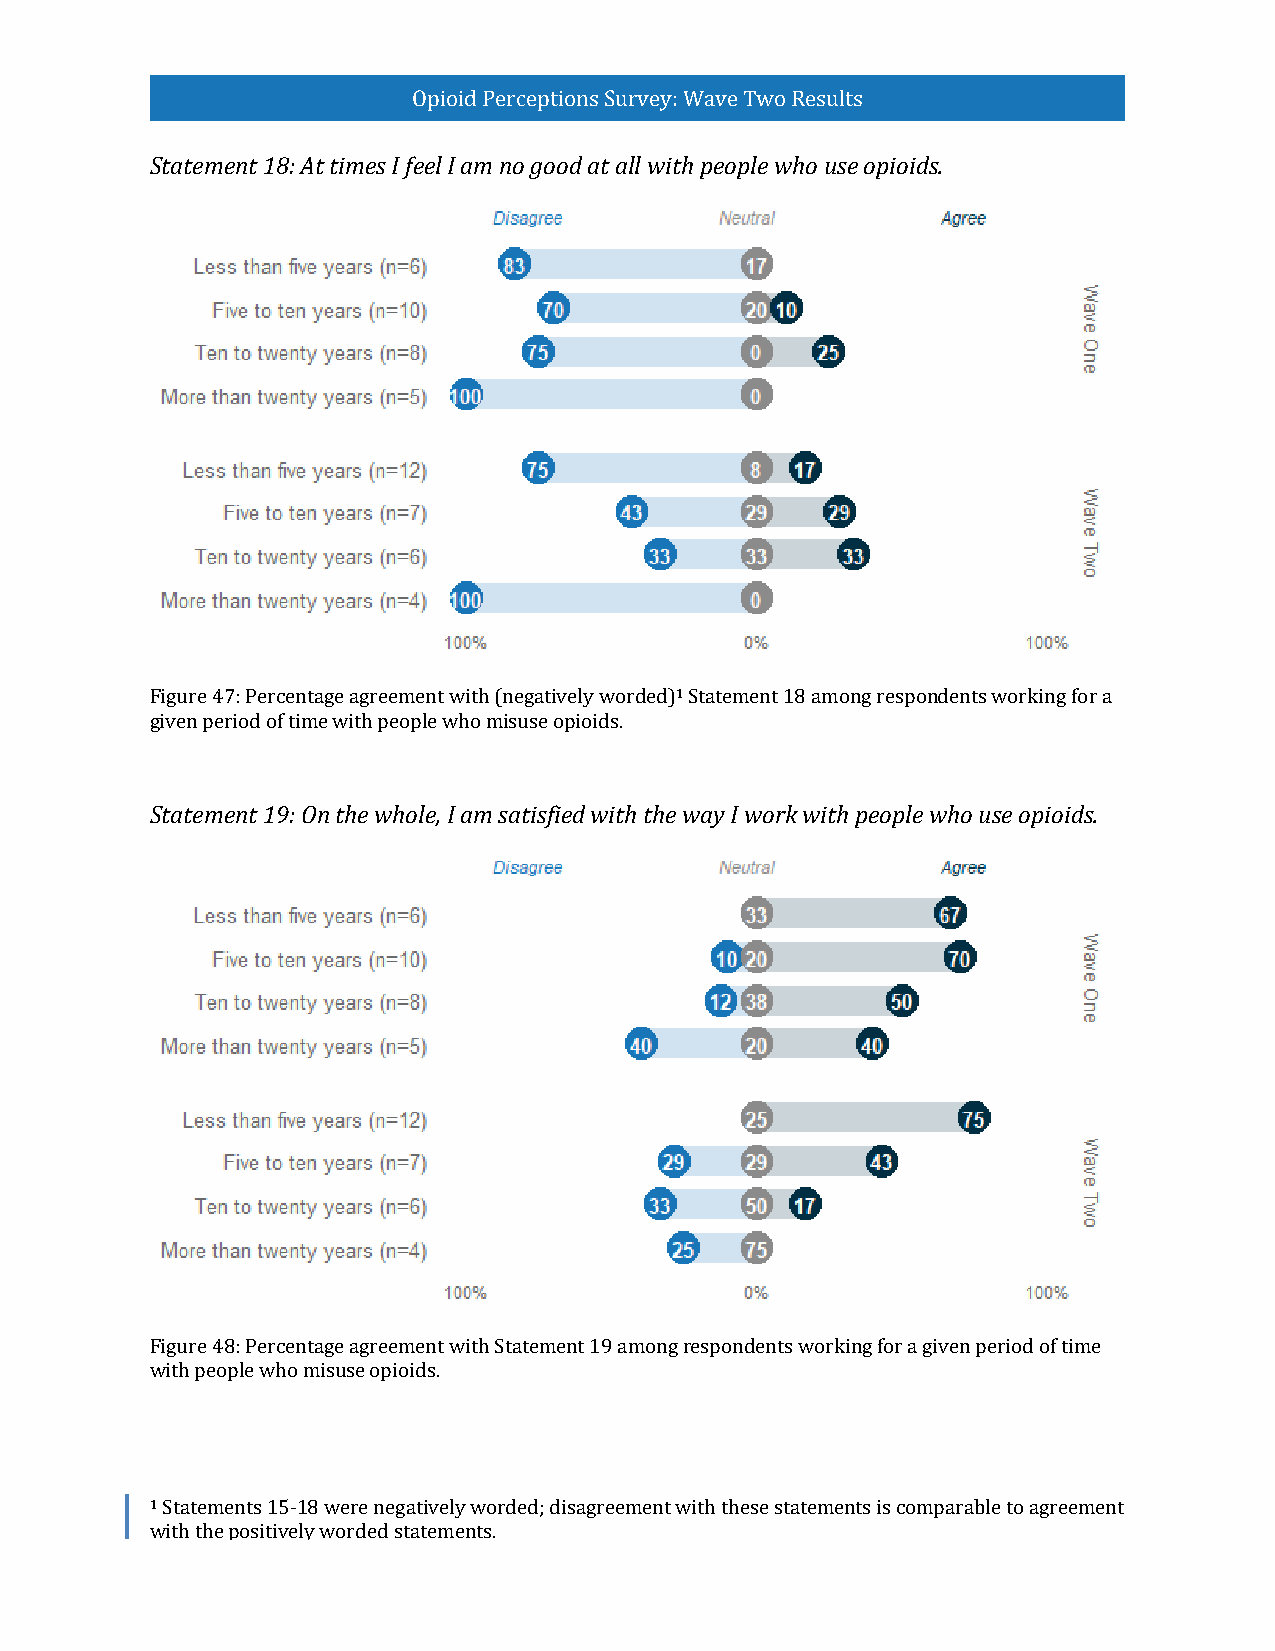
Opioid Perceptions Survey: Wave Two Results
 Statement 18: At times I feel I am no good at all with people who use opioids.
 1
 Figure 47: Percentage agreement with (negatively worded) Statement 18 among respondents working for a
 given period of time with people who misuse opioids.
 Statement 19: On the whole, I am satisfied with the way I work with people who use opioids.
 Figure 48: Percentage agreement with Statement 19 among respondents working for a given period of time
 with people who misuse opioids.
 1
 Statements 15-18 were negatively worded; disagreement with these statements is comparable to agreement
 with the positively worded statements.